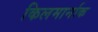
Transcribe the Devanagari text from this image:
किलमार्नाक